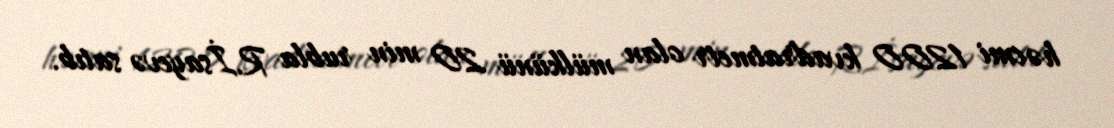
həcmi 1200 kvadratmetr olan mülkünü 20 min rubla R.İsayevə satıb.